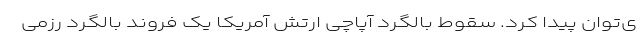
ی‌توان پیدا کرد. سقوط بالگرد آپاچی ارتش آمریکا یک فروند بالگرد رزمی